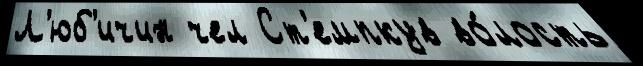
Л'юб'ичин чел Ст'емпкув во́лость